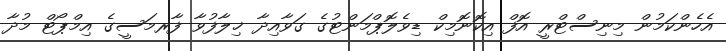
އެހެންކަމުން މިނިސްޓްރީ އޮފް އިކޮނޮމިކް ޑިވެލޮޕްމަންޓުގެ ގަވާއިދާ ޚިލާފުވާ ފާރމަސީގެ އިމްޕޯޓް މުދާ